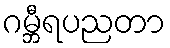
ဂမ္ဘီရပညတာ